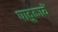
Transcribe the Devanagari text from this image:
पादुकायें